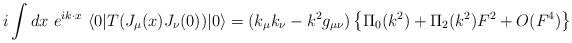
LaTeX: \begin{align*}i\int dx~e^{i k\cdot x}~\langle0|T(J_\mu(x)J_\nu(0))|0\rangle=(k_\mu k_\nu-k^2g_{\mu\nu})\left\{\Pi_0(k^2)+\Pi_2(k^2)F^2+O(F^4)\right\}\end{align*}